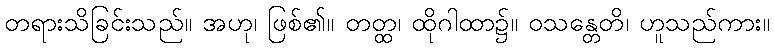
တရားသိခြင်းသည်။ အဟု၊ ဖြစ်၏။ တတ္ထ၊ ထိုဂါထာ၌။ ဝသန္တေတိ၊ ဟူသည်ကား။